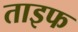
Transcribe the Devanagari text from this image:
ताइफ